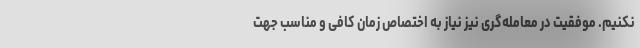
نکنیم. موفقیت در معامله‌گری نیز نیاز به اختصاص زمان کافی و مناسب جهت